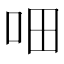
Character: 𰇐